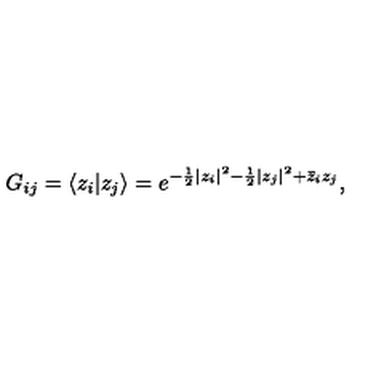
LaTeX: G _ { i j } = \langle z _ { i } | z _ { j } \rangle = e ^ { - \frac 1 2 | z _ { i } | ^ { 2 } - \frac 1 2 | z _ { j } | ^ { 2 } + \bar { z } _ { i } z _ { j } } ,